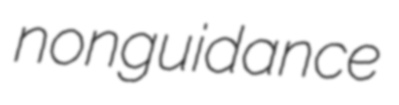
nonguidance